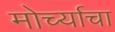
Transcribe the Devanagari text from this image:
मोर्च्याचा